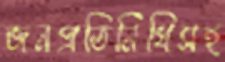
জনপ্রতিনিধিসহ